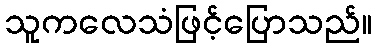
သူကလေသံဖြင့်ပြောသည်။